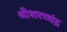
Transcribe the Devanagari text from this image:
श्रीशरच्चंद्र